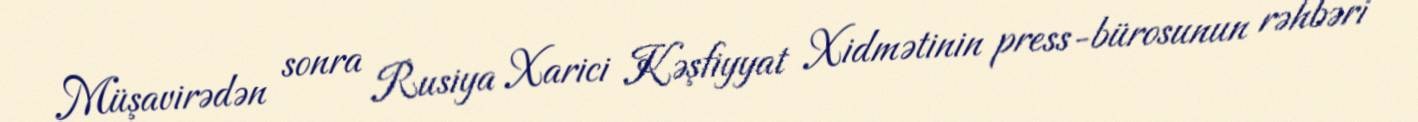
Müşavirədən sonra Rusiya Xarici Kəşfiyyat Xidmətinin press-bürosunun rəhbəri